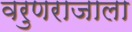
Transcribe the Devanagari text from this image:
वरुणराजाला